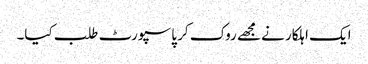
ایک اہلکار نے مجھے روک کر پاسپورٹ طلب کیا۔